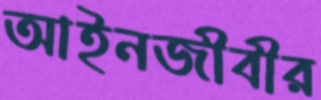
আইনজীবীর